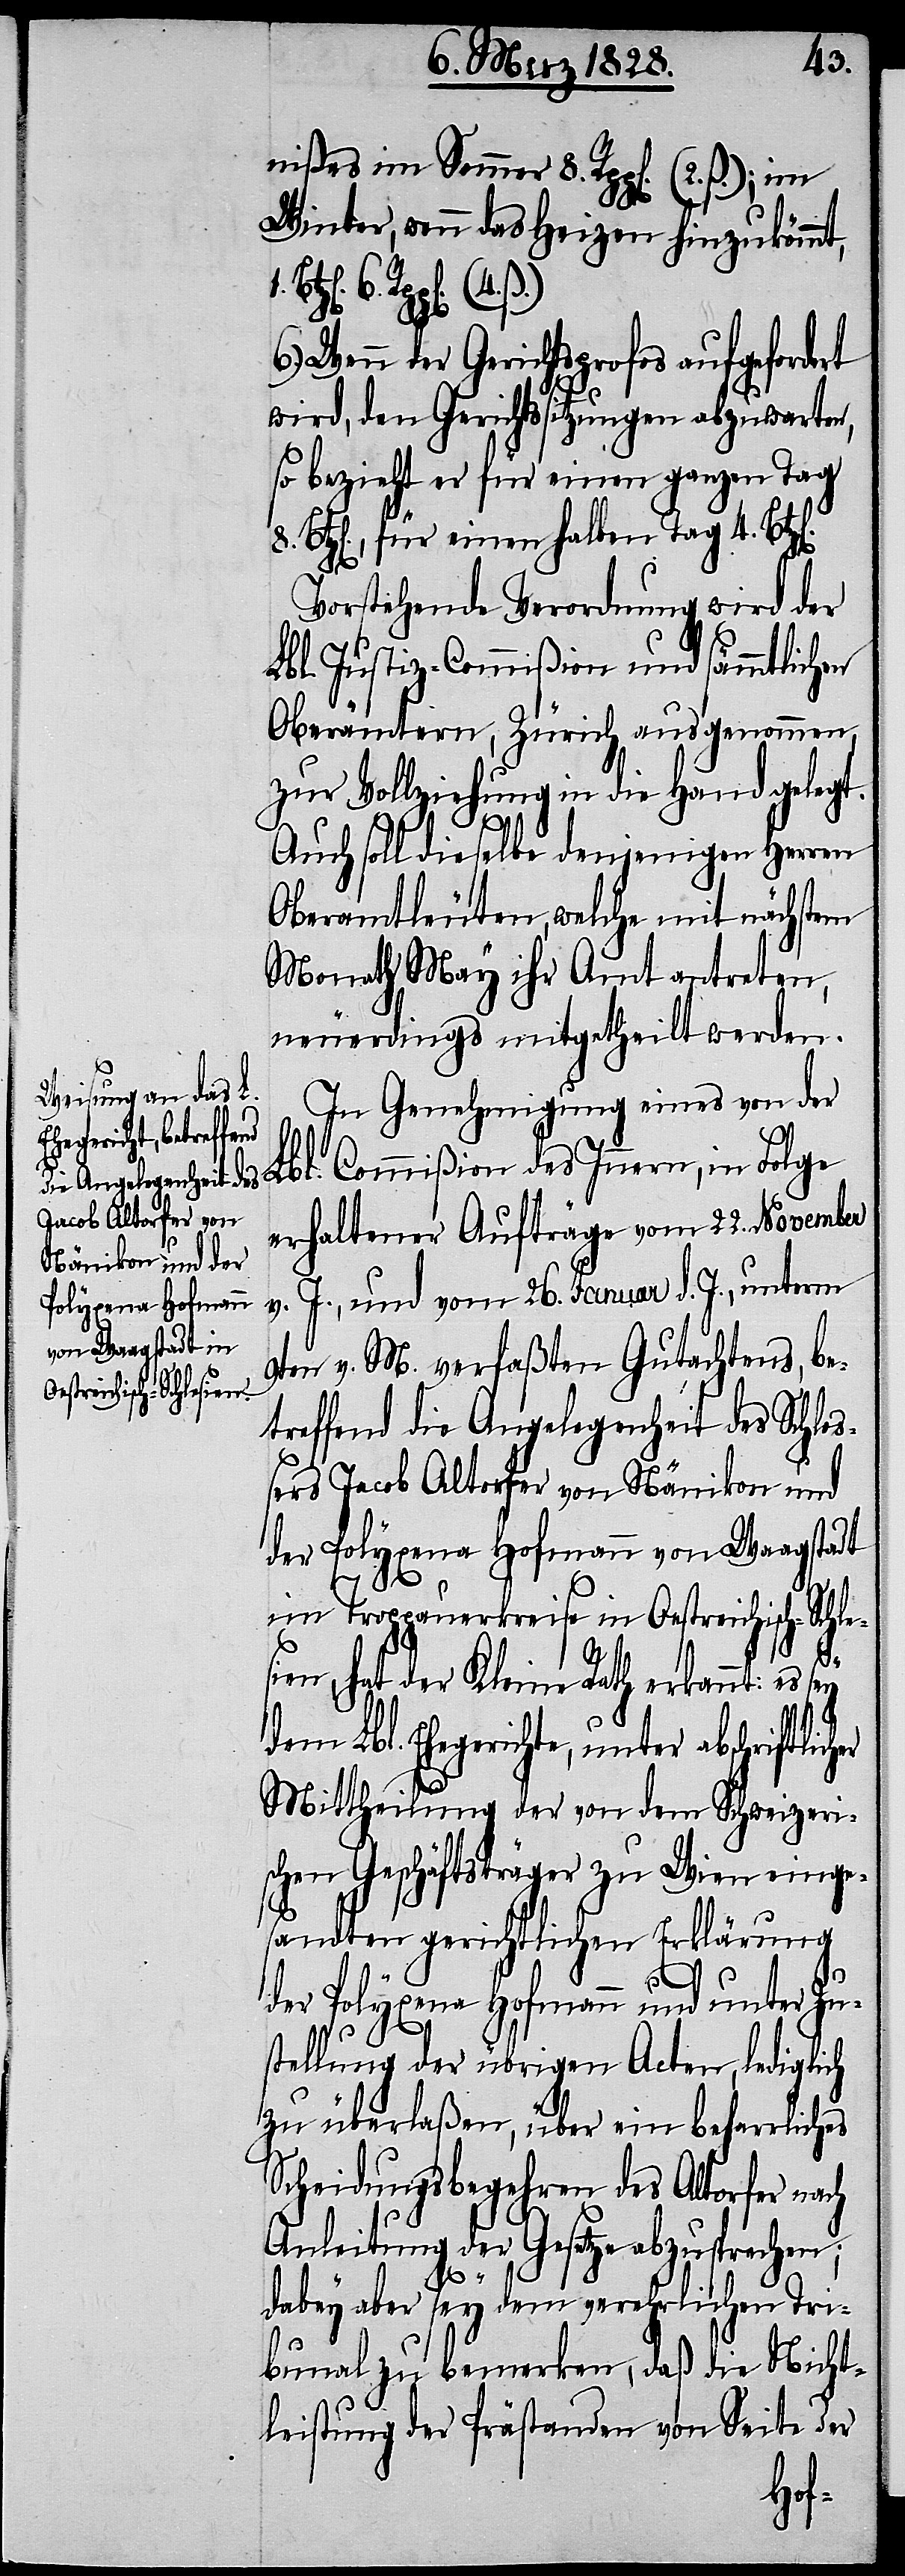
nißes im Sommer 8. Rpp[en]. (2.
Winter, wenn das Heizen hinzukömmt,
1.
Wenn der Gerichtsprofos aufgefordert
wird, den Gerichtssitzungen abzuwarten,
so bezieht er für einen ganzen Tag
Btz[en]., für einen halben Tag 4. Bt¬
z[en].
Vorstehende Verordnung wird der
Lbl. Justiz-Commißion und sämmtlichen
Oberämtern, Zürich ausgenommen,
zur Vollziehung in die Hand gelegt.
Auch soll dieselbe denjenigen Herren
Oberamtleuten, welche mit nächstem
Monath May ihr Amt antreten,
neuerdings mitgetheilt werden.
In Genehmigung eines von de¬
r Lbl. Commißion des Innern, in Folge
erhaltener Aufträge vom 22. November
J., und vom 26. Januar d. J., unterm
v.
9ten v. M. verfaßten Gutachtens, be¬
treffend die Angelegenheit des Schloß¬
ers Jacob Altorfer von Nänikon und
der Polyxena Hofmann von Waagstadt
im Troppauerkreise in Oestreichisch-Schles¬
8.
ien, hat der Kleine Rath erkannt, es
dem Lbl. Ehegerichte, unter abschriftli¬
Mittheilung der von dem Schweizeri¬
schen Geschäftsträger zu Wien einge¬
sandten gerichtlichen Erklärung
der Polyxena Hofmann und unter Zu¬
stellung der übrigen Acten, lediglich
zu überlaßen, über ein beharrliches
Scheidungsbegehren des Altorfer nach
Anleitung der Gesetze abzusprechen;
cher
dabey aber sey dem verehrlichen Tri¬
bunal zu bemerken, daß die Nicht¬
leistung der Prästanden von Seite der